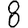
Digit: 8